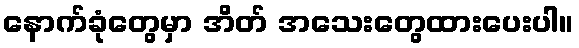
နောက်ခုံတွေမှာ အိတ် အသေးတွေထားပေးပါ။